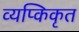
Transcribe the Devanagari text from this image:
व्यप्किकृत